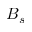
B _ { s }